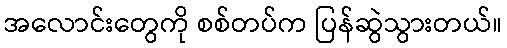
အလောင်းတွေကို စစ်တပ်က ပြန်ဆွဲသွားတယ်။